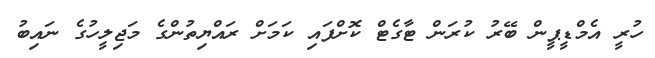
ހުރީ އެމްޑީޕީން ބޭރު ކުރަން ޓާގެޓް ކޮށްފައި ކަމަށް ރައްޔިތުންގެ މަޖިލީހުގެ ނައިބު